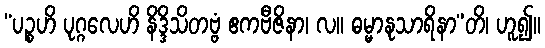
“ပဉ္စဟိ ပုဂ္ဂလေဟိ နိဒ္ဒိသိတဗ္ဗံ ဧကဗီဇိနာ၊ လ။ ဓမ္မာနုသာရိနာ”တိ၊ ဟူ၍။